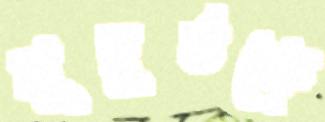
মুহূর্তকে